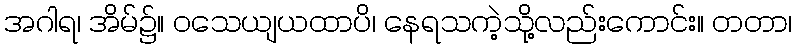
အဂါရ၊ အိမ်၌။ ဝသေယျယထာပိ၊ နေရသကဲ့သို့လည်းကောင်း။ တတာ၊